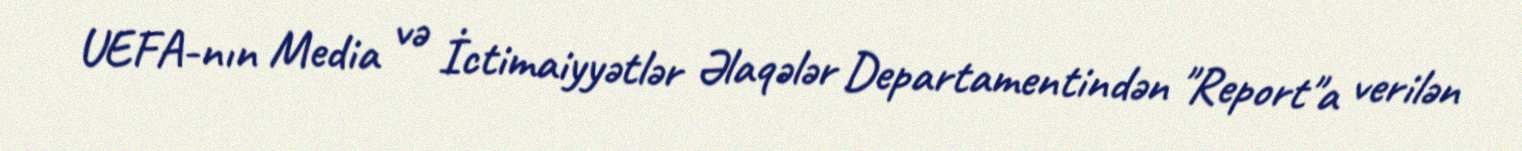
UEFA-nın Media və İctimaiyyətlər Əlaqələr Departamentindən "Report"a verilən